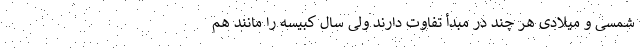
شمسی و میلادی هر چند در مبدأ تفاوت دارند ولی سال کبیسه را مانند هم